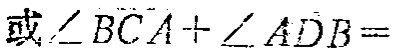
或\(\angle BCA+\angle ADB =\)